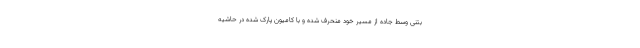
بتنی وسط جاده از مسیر خود منحرف شده و با کامیون پارک شده در حاشیه